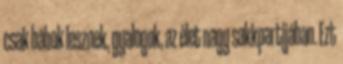
csak bábok lesznek, gyalogok, az élet nagy sakkpartijában. Ezt